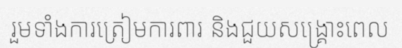
រួមទាំងការត្រៀមការពារ និងជួយសង្គ្រោះពេល